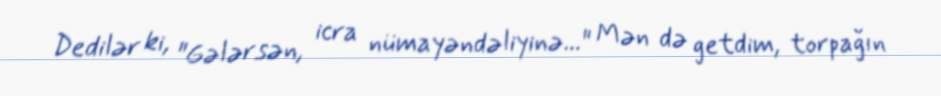
Dedilər ki, "Gələrsən, icra nümayəndəliyinə..." Mən də getdim, torpağın